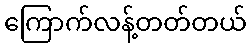
ကြောက်လန့်တတ်တယ်